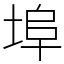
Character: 埠